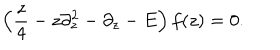
\left( { \frac { z } { 4 } } - z \partial _ { z } ^ { 2 } - \partial _ { z } - E \right) f ( z ) = 0 .